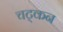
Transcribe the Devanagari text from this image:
चट्कन